General report no. 6 on the lunatic asylums, vaccination and dispensaries in the Bengal Presidency, 1873 -
Year: 1873
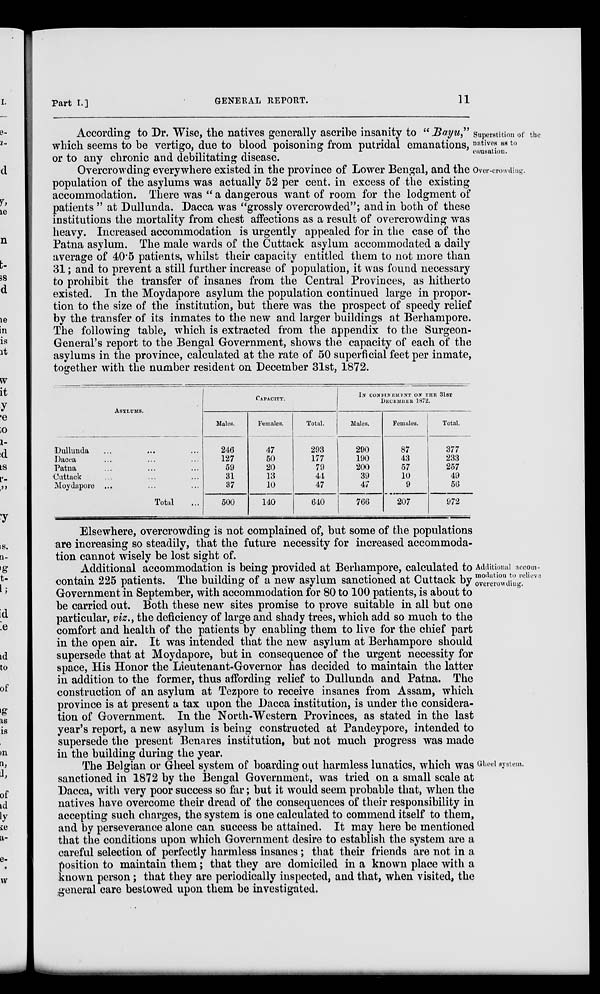
Part I.]
GENERAL REPORT.
11
Superstition of the
natives as to
causation.
According to Dr. Wise, the natives generally ascribe insanity to "Bayu"
which seems to be vertigo, due to blood poisoning from putridal emanations,
or to any chronic and debilitating disease.
Over-crowding.
Overcrowding everywhere existed in the province of Lower Bengal, and the
population of the asylums was actually 52 per cent. in excess of the existing
accommodation. There was " a dangerous want of room for the lodgment of
patients " at Dullunda. Dacca was "grossly overcrowded"; and in both of these
institutions the mortality from chest affections as a result of overcrowding was
heavy. Increased accommodation is urgently appealed for in the case of the
Patna asylum. The male wards of the Cuttack asylum accommodated a daily
average of 40.5 patients, whilst their capacity entitled them to not more than
31; and to prevent a still further increase of population, it was found necessary
to prohibit the transfer of insanes from the Central Provinces, as hitherto
existed. In the Moydapore asylum the population continued large in propor-
tion to the size of the institution, but there was the prospect of speedy relief
by the transfer of its inmates to the new and larger buildings at Berhampore.
The following table, which is extracted from the appendix to the Surgeon-
General's report to the Bengal Government, shows the capacity of each of the
asylums in the province, calculated at the rate of 50 superficial feet per inmate,
together with the number resident on December 31st, 1872.
ASYLUMS.
Dullunda ... ... ...
Dacca ... ... ...
Patna ... ... ...
Cuttack ... ... ...
Moydapore ... ... ...
Total ...
CAPACITY.
Males.
246
127
59
31
37
500
Females.
47
50
20
13
10
140
Total.
293
177
79
44
47
640
IN CONFINEMENT ON THE 31ST
DECEMBER 1872.
Males.
290
190
200
39
47
766
Females.
87
43
57
10
9
207
Total.
377
233
257
49
56
972
Elsewhere, overcrowding is not complained of, but some of the populations
are increasing so steadily, that the future necessity for increased accommoda-
tion cannot wisely be lost sight of.
Additional accom-
modation to relieve
overcrowding.
Additional accommodation is being provided at Berhampore, calculated to
contain 225 patients. The building of a new asylum sanctioned at Cuttack by
Government in September, with accommodation for 80 to 100 patients, is about to
be carried out. Both these new sites promise to prove suitable in all but one
particular, viz., the deficiency of large and shady trees, which add so much to the
comfort and health of the patients by enabling them to live for the chief part
in the open air. It was intended that the new asylum at Berhampore should
supersede that at Moydapore, but in consequence of the urgent necessity for
space, His Honor the Lieutenant-Governor has decided to maintain the latter
in addition to the former, thus affording relief to Dullunda and Patna. The
construction of an asylum at Tezpore to receive insanes from Assam, which
province is at present a tax upon the Dacca institution, is under the considera-
tion of Government. In the North-Western Provinces, as stated in the last
year's report, a new asylum is being constructed at Pandeypore, intended to
supersede the present Benares institution, but not much progress was made
in the building during the year.
Gheel system.
The Belgian or Gheel system of boarding out harmless lunatics, which was
sanctioned in 1872 by the Bengal Government, was tried on a small scale at
Dacca, with very poor success so far; but it would seem probable that, when the
natives have overcome their dread of the consequences of their responsibility in
accepting such charges, the system is one calculated to commend itself to them,
and by perseverance alone can success be attained. It may here be mentioned
that the conditions upon which Government desire to establish the system are a
careful selection of perfectly harmless insanes ; that their friends are not in a
position to maintain them; that they are domiciled in a known place with a
known person; that they are periodically inspected, and that, when visited, the
general care bestowed upon them be investigated.